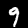
Label: 9